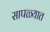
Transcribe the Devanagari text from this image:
सापळ्यात